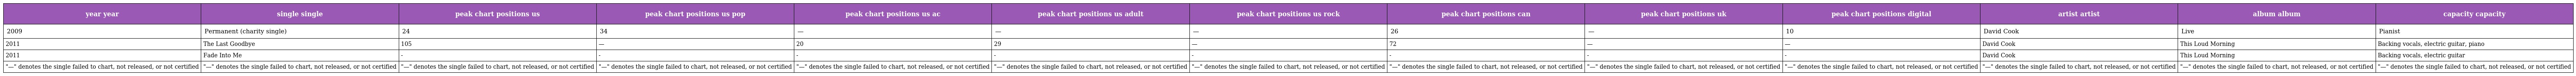
| year year | single single | peak chart positions us | peak chart positions us pop | peak chart positions us ac | peak chart positions us adult | peak chart positions us rock | peak chart positions can | peak chart positions uk | peak chart positions digital | artist artist | album album | capacity capacity |
 | --- | --- | --- | --- | --- | --- | --- | --- | --- | --- | --- | --- | --- |
 | 2009 | Permanent (charity single) | 24 | 34 | — | — | — | 26 | — | 10 | David Cook | Live | Pianist |
 | 2011 | The Last Goodbye | 105 | — | 20 | 29 | — | 72 | — | — | David Cook | This Loud Morning | Backing vocals, electric guitar, piano |
 | 2011 | Fade Into Me | - | - | - | - | - | - | - | - | David Cook | This Loud Morning | Backing vocals, electric guitar |
 | "—" denotes the single failed to chart, not released, or not certified | "—" denotes the single failed to chart, not released, or not certified | "—" denotes the single failed to chart, not released, or not certified | "—" denotes the single failed to chart, not released, or not certified | "—" denotes the single failed to chart, not released, or not certified | "—" denotes the single failed to chart, not released, or not certified | "—" denotes the single failed to chart, not released, or not certified | "—" denotes the single failed to chart, not released, or not certified | "—" denotes the single failed to chart, not released, or not certified | "—" denotes the single failed to chart, not released, or not certified | "—" denotes the single failed to chart, not released, or not certified | "—" denotes the single failed to chart, not released, or not certified | "—" denotes the single failed to chart, not released, or not certified |